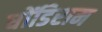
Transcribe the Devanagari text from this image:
धोंडिराम